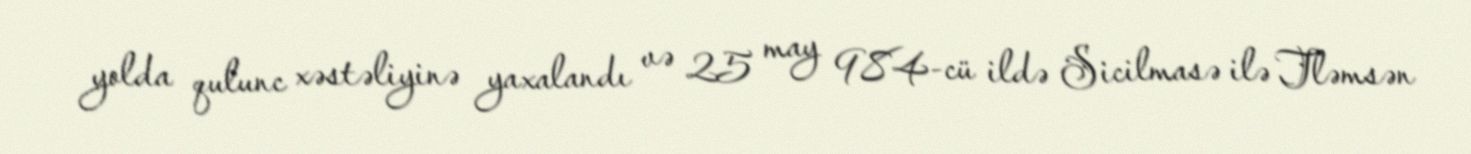
yolda qulunc xəstəliyinə yaxalandı və 25 may 984-cü ildə Sicilmasə ilə Tləmsən